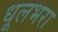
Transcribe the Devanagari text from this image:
धूलभरा